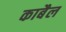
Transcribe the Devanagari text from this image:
काबैल